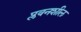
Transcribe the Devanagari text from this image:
प्लवनशील